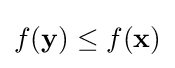
f(\mathbf {y} )\leq f(\mathbf {x} )